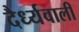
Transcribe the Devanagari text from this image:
दैर्ध्यवाली